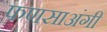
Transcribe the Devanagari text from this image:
फणसाअंगी